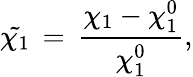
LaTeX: \tilde{\chi_{1}}\, =\, \frac{\chi_{1}-\chi_{1}^{0}}{\chi_{1}^{0}},